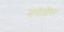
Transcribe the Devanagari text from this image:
नारीजीवन